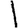
Digit: 1